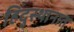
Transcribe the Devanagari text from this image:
हिंदु्स्थानात